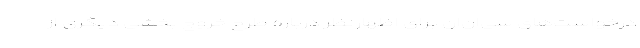
درخواست‌های سی‌ان‌ان برای اظهارنظر درباره طرح خروج بخشی دیگری از